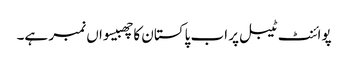
پوائنٹ ٹیبل پر اب پاکستان کا چھبیسواں نمبر ہے۔